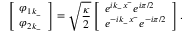
\left[ \begin{array} { l } { { \varphi _ { 1 k _ { - } } } } \\ { { \varphi _ { 2 k _ { - } } } } \end{array} \right] = \sqrt { { \frac { \kappa } { 2 } } } \left[ \begin{array} { l } { { e ^ { i k _ { - } x ^ { - } } e ^ { i \pi / 2 } } } \\ { { e ^ { - i k _ { - } x ^ { - } } e ^ { - i \pi / 2 } } } \end{array} \right] .